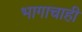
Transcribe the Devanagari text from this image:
भागाचाही